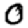
Digit: 0